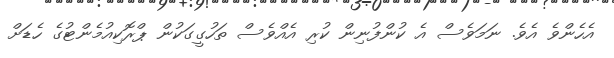
އެހެންވެ އެވެ. ނަމަވެސް އެ ކުންފުނިން ކުރި އެއްވެސް ތަހުގީގަކުން ޕްރޮކިއުމެންޓުގެ ހެޑަށް